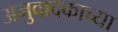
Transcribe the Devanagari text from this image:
अनुवादकाच्या